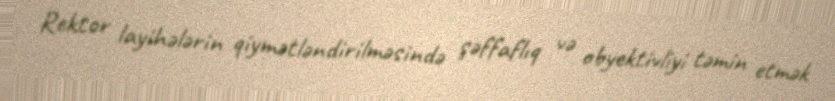
Rektor layihələrin qiymətləndirilməsində şəffaflıq və obyektivliyi təmin etmək